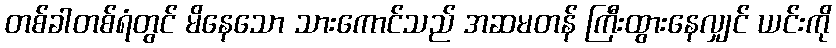
တစ်ခါတစ်ရံတွင် မိနေသော သားကောင်သည် အဆမတန် ကြီးထွားနေလျှင် ယင်းကို